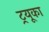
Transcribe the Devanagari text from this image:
ट्रयूका